Papers set at the Examination for Leaving Certificates, 1894
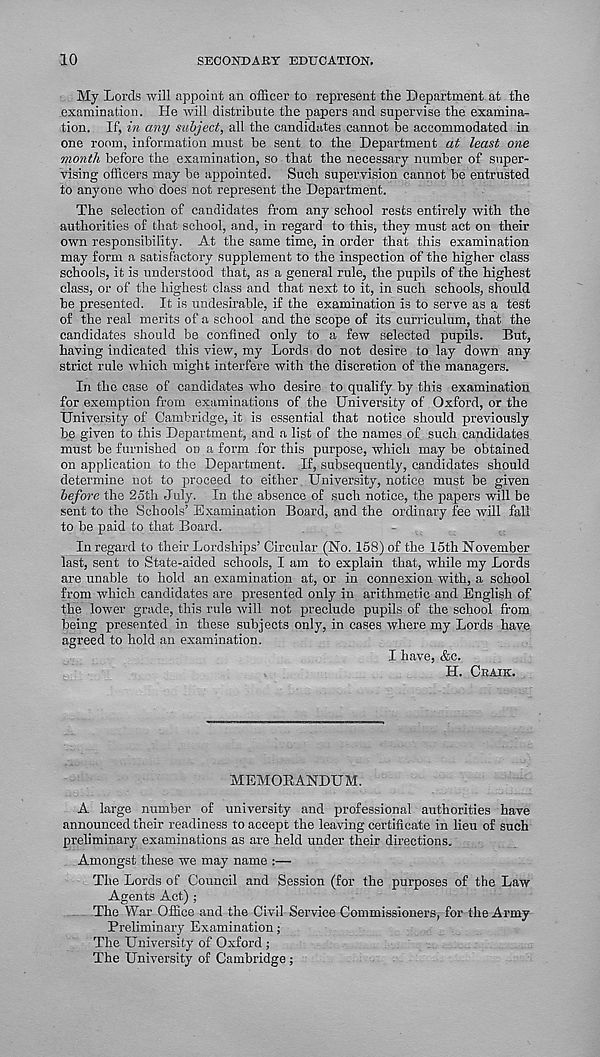
10
SECONDARY EDUCATION.
My Lords will appoint an officer to represent the Department at the
examination. Pie will distribute the papers and supervise the examina-
tion. If, in any subject, all the candidates cannot be accommodated in
one room, information must be sent to the Department at least one
month before the examination, so that the necessary number of super-
vising officers may be appointed. Such supervision cannot be entrusted
to anyone who does not represent the Department.
The selection of candidates from any school rests entirely with the
authorities of that school, and, in regard to this, they must act on their
own responsibility. At the same time, in order that this examination
may form a satisfactory supplement to the inspection of the higher class
schools, it is understood that, as a general rule, the pupils of the highest
class, or of the highest class and that next to it, in such schools, should
be presented. It is undesirable, if the examination is to serve as a test
of the real merits of a school and the scope of its curriculum, that the
candidates should be confined only to a few selected pupils. But,
having indicated this view, my Lords do not desire to lay down any
strict rule which might interfere with the discretion of the. managers.
In the case of candidates who desire to qualify by this examination
for exemption from examinations of the University of Oxford, or the
University of Cambridge, it is essential that notice should previously
be given to this Department, and a list of the names of such candidates
must be furnished on a form for this purpose, which may be obtained
on application to the Department. If, subsequently, candidates should
determine not to psroceed to either . University, notice must be given
before the 25th July. In the absence of such notice, the papers will be
sent to the Schools’ Examination Board, and the ordinary fee will fall
to be paid to that Board.
In regard to their Lordships’ Circular (No. 158) of the 15th November
last, sent to State-aided schools, I am to explain that, while my Lords
are unable to hold an examination at, or in connexion with, a school
from which candidates are presented only in arithmetic and English of
the lower grade, this rule will not preclude pupils of the school from
being presented in these subjects only, in cases where my Lords have
agreed to hold an examination.
I have, &c.
H. CBAIK.
MEMOEANDUM.
A large number of university and professional authorities have
announced their readiness to accept the leaving certificate in lieu of such
preliminary examinations as are held under their directions.
Amongst these we may name :—
The Lords of Council and Session (for the purposes of the Law
Agents Act) ;
The War Office and the Civil Service Commissioners, for the Army
Preliminary Examination;
The University of Oxford ;
The University of Cambridge;